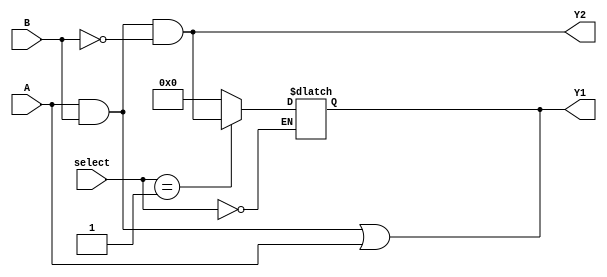
module CombinationalLogicBlock #(
    parameter WIDTH = 4  // Parameter for input width
)(
    input  wire [WIDTH-1:0] A,  // Input A
    input  wire [WIDTH-1:0] B,  // Input B
    input  wire [1:0] select,    // Control signal for multiplexing
    output wire [WIDTH-1:0] Y1,  // Output function 1
    output wire [WIDTH-1:0] Y2   // Output function 2
);

    // Shared Logic: Example of common terms used in multiple outputs
    wire [WIDTH-1:0] common_logic;
    
    // Example of a shared logic expression (AND operation)
    assign common_logic = A & B;

    // Output Logic Functions leveraging shared logic
    assign Y1 = common_logic | A;          // Function 1
    assign Y2 = common_logic & (~B);       // Function 2

    // Multiplexer for selecting output based on control signals
    wire [WIDTH-1:0] mux_out;
    
    always @(*) begin
        case(select)
            2'b00: mux_out = Y1;         // Select output Y1
            2'b01: mux_out = Y2;         // Select output Y2
            default: mux_out = {WIDTH{1'b0}}; // Default output
        endcase
    end

    // Final output
    assign Y1 = mux_out;  // Multiplexer output assigned to Y1
    // Y2 is directly assigned from the logic

endmodule